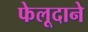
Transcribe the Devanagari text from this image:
फेलूदाने